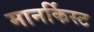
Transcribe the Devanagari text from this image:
मानर्किस्ट